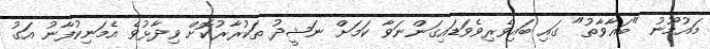
މައުމޫނު "ބަޣާވާތު" ގައި ބައިވެރިވެވަޑައިގަންނަވާ ކަމަށް ނަޝީދު ތަކުރާރުކޮށް ވިދާޅުވެ އެމަނިކުފާނު އަގު